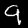
Label: 9